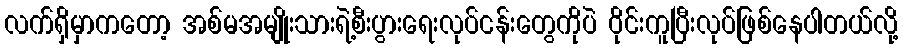
လက်ရှိမှာကတော့ အစ်မအမျိုးသားရဲ့စီးပွားရေးလုပ်ငန်းတွေကိုပဲ ဝိုင်းကူပြီးလုပ်ဖြစ်နေပါတယ်လို့